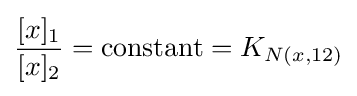
{\frac {[x]_{1}}{[x]_{2}}}={\text{constant}}=K_{N(x,12)}